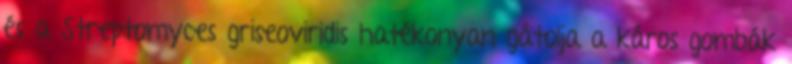
és a Streptomyces griseoviridis hatékonyan gátolja a káros gombák